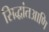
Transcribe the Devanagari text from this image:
सिद्धांतआणि